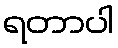
ရတာပါ